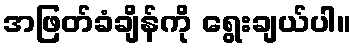
အဖြတ်ခံချိန်ကို ရွေးချယ်ပါ။